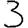
Digit: 3